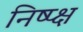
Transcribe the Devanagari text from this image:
निष्प्क्ष